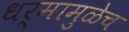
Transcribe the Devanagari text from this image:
धर्मामुळेच